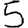
Digit: 5